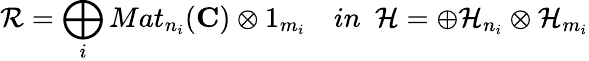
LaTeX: \mathcal{R}=\bigoplus_{i}Mat_{n_{i}}(\mathbf{C})\otimes 1_{m_{i}}\, \, \, \, \, \, in\, \, \, \mathcal{H}=\oplus\mathcal{H}_{n_{i}}\otimes\mathcal{H}_{m_{i}}